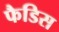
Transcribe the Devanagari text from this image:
फैडिस